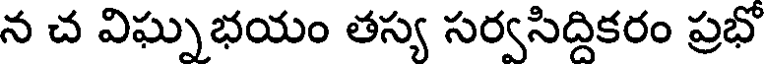
న చ విఘ్నభయం తస్య సర్వసిద్దికరం ప్రభో